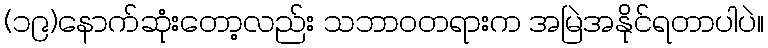
(၁၉)နောက်ဆုံးတော့လည်း သဘာ၀တရားက အမြဲအနိုင်ရတာပါပဲ။